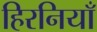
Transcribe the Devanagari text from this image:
हिरनियाँ